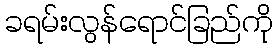
ခရမ်းလွန်ရောင်ခြည်ကို